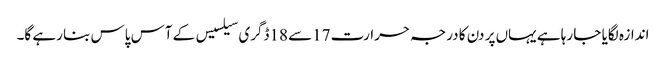
اندازہ لگایا جا رہا ہے یہاں پر دن کا درجہ حرارت 17سے 18ڈگری سیلسیس کے آس پاس بنا رہے گا۔